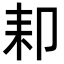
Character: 𦓥